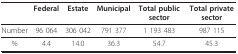
<table><thead><tr><td></td><td><b>Federal</b></td><td><b>Estate</b></td><td><b>Municipal</b></td><td><b>Total public sector</b></td><td><b>Total private sector</b></td></tr></thead><tbody><tr><td>Number</td><td>96 064</td><td>306 042</td><td>791 377</td><td>1 193 483</td><td>987 115</td></tr><tr><td>%</td><td>4.4</td><td>14.0</td><td>36.3</td><td>54.7</td><td>45.3</td></tr></tbody></table>